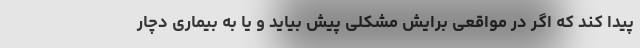
پیدا کند که اگر در مواقعی برایش مشکلی پیش بیاید و یا به بیماری دچار